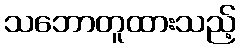
သဘောတူထားသည့်